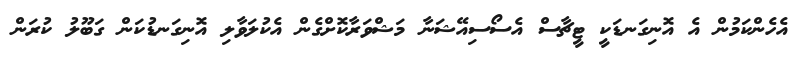
އެހެންކަމުން އެ އޮނިގަނޑަކީ ޓީޗާސް އެސޯސިއޭޝަނާ މަޝްވަރާކޮށްގެން އެކުލަވާލި އޮނިގަނޑުކަން ގަބޫލު ކުރަން